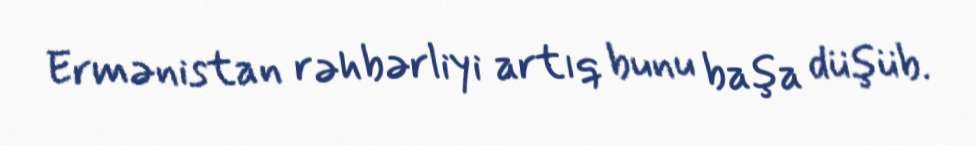
Ermənistan rəhbərliyi artıq bunu başa düşüb.